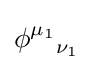
{\phi ^{\mu _{1}}}_{\nu _{1}}